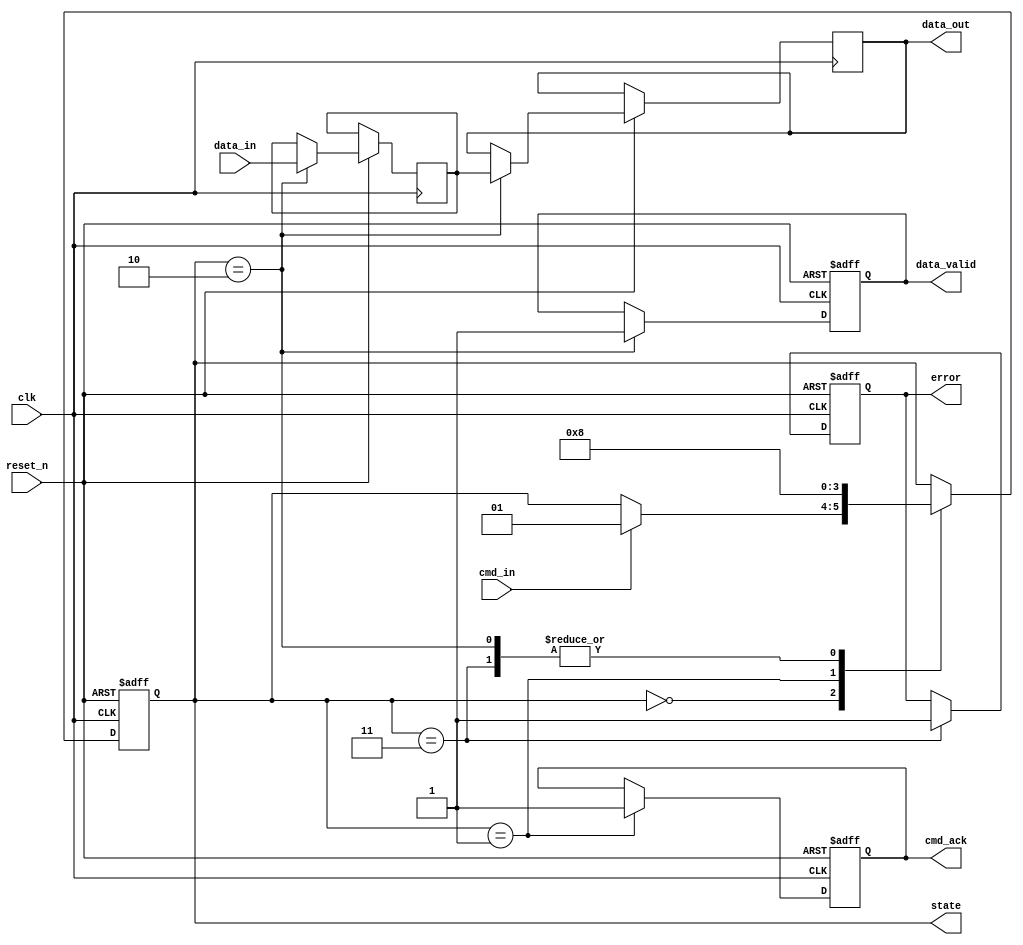
module io_block_memory_card (
    input wire clk,            // System clock
    input wire reset_n,        // Active low reset
    input wire cmd_in,        // Command input from host
    input wire [3:0] data_in, // Data input from host (4-bit data)
    output reg [3:0] data_out, // Data output to host
    output reg cmd_ack,       // Command acknowledgment
    output reg data_valid,     // Data valid signal
    output reg error,         // Error status
    output reg [1:0] state    // Current state
);

// State Definitions
localparam IDLE            = 2'b00;
localparam COMMAND         = 2'b01;
localparam DATA_TRANSFER   = 2'b10;
localparam ERROR_STATE     = 2'b11;

// Internal Signals
reg [3:0] read_buffer;     // Read buffer for data
reg [3:0] write_buffer;    // Write buffer for data
reg [7:0] crc;             // CRC for error checking
reg [3:0] cmd_reg;         // Command register

// State Machine
always @(posedge clk or negedge reset_n) begin
    if (!reset_n) begin
        state <= IDLE;
        cmd_ack <= 0;
        data_valid <= 0;
        error <= 0;
    end else begin
        case (state)
            IDLE: begin
                if (cmd_in) begin
                    cmd_reg <= data_in; // Capture command
                    state <= COMMAND;
                end
            end

            COMMAND: begin
                // Command processing (simplified)
                cmd_ack <= 1; // Acknowledge command
                state <= DATA_TRANSFER;
            end

            DATA_TRANSFER: begin
                // Simulate data transfer
                read_buffer <= data_in; // Read data from host
                data_out <= read_buffer; // Output data to host
                data_valid <= 1;         // Indicate data is valid
                
                // Simple CRC check (placeholder)
                crc <= crc + read_buffer; // Update CRC (simplified)
                
                // Transition back to IDLE after transfer
                state <= IDLE;
            end
            
            ERROR_STATE: begin
                // Handle error state
                error <= 1; // Indicate an error occurred
                state <= IDLE; // Return to idle
            end

            default: state <= IDLE; // Safety default
        endcase
    end
end

endmodule